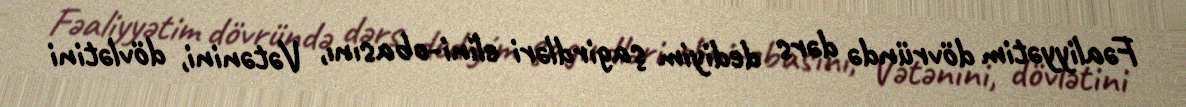
Fəaliyyətim dövründə dərs dediyim şagirdləri elini-obasını, Vətənini, dövlətini